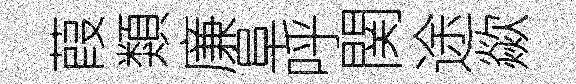
葭類廉阜呼関途歘